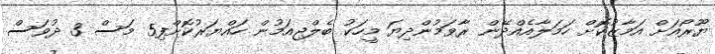
ޔޫރޯއަށް އަމާޒުކޮށް ހަމަލާއެއްދޭން ރާވަމުންދިޔަ މީހަކު ބެލްޖިއަމުން ހައްޔަރުކޮށްފި5 މަސް 3 ދުވަސް